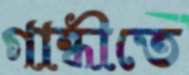
গান্ধীতে